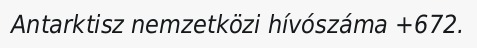
Antarktisz nemzetközi hívószáma +672.